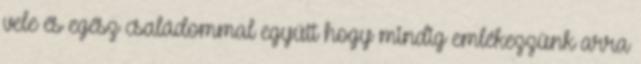
vele és egész családommal együtt hogy mindig emlékezzünk arra